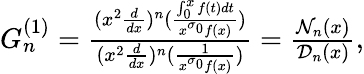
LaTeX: \begin{array}{r}{G_{n}^{(1)}=\frac{(x^{2}\frac{d}{dx})^{n}(\frac{\int_{0}^{x}f(t)dt}{x^{\sigma_{0}}f(x)})}{(x^{2}\frac{d}{dx})^{n}(\frac{1}{x^{\sigma_{0}}f(x)})}=\frac{\mathcal{N}_{n}(x)}{\mathcal{D}_{n}(x)},}\end{array}